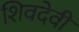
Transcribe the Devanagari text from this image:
शिवदेवी